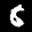
Label: 8